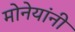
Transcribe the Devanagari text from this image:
मोनेयांनी